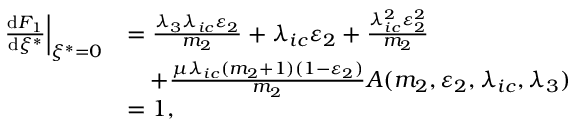
\begin{array} { r l } { \left. { \frac { \operatorname { d } \! F _ { 1 } } { \operatorname { d } \! \xi ^ { * } } } \right| _ { \xi ^ { * } = 0 } } & { = \frac { \lambda _ { 3 } \lambda _ { i c } \varepsilon _ { 2 } } { m _ { 2 } } + \lambda _ { i c } \varepsilon _ { 2 } + \frac { \lambda _ { i c } ^ { 2 } \varepsilon _ { 2 } ^ { 2 } } { m _ { 2 } } } \\ & { \quad + \frac { \mu \lambda _ { i c } ( m _ { 2 } + 1 ) ( 1 - \varepsilon _ { 2 } ) } { m _ { 2 } } A ( m _ { 2 } , \varepsilon _ { 2 } , \lambda _ { i c } , \lambda _ { 3 } ) } \\ & { = 1 , } \end{array}